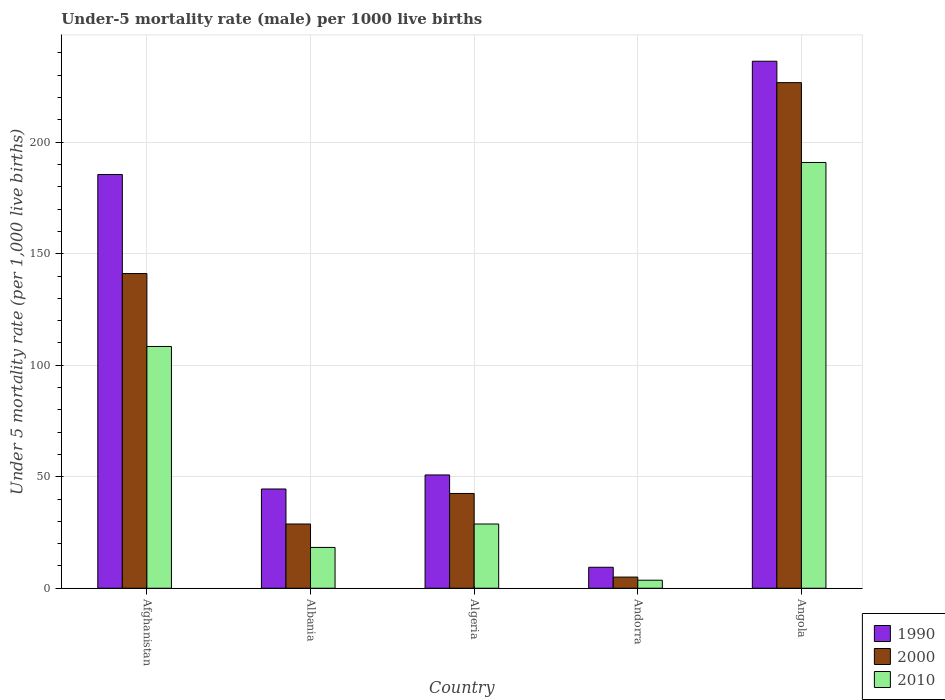
| Country | 1990 | 2000 | 2010 |
 | --- | --- | --- | --- |
 | Afghanistan | 186 | 141 | 108 |
 | Albania | 44.5 | 28.8 | 18.3 |
 | Algeria | 50.8 | 42.5 | 28.8 |
 | Andorra | 9.4 | 5 | 3.6 |
 | Angola | 236 | 227 | 191 |